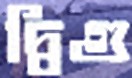
দ্বিগু